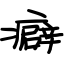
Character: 癖